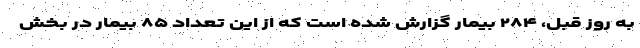
به روز قبل، ۲۸۴ بیمار گزارش شده است که از این تعداد ۸۵ بیمار در بخش